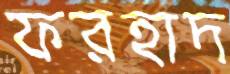
ফরহাদ